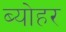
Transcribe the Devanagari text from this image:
ब्योहर